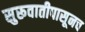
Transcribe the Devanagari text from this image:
सुरूवातीपासूनच